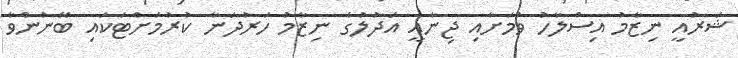
ޝަރުއީ ނިޒާމު އިސްލާހު ވުމަށާއި ޖިނާއީ އަދުލުގެ ނިޒާމު ހަރުދަނާ ކުރުމަށްޓަކައި ބޭނުންވާ